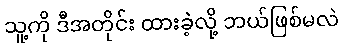
သူ့ကို ဒီအတိုင်း ထားခဲ့လို့ ဘယ်ဖြစ်မလဲ